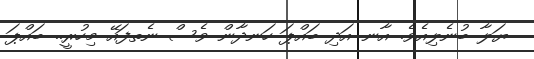
ޔަލާ ބުނެލިއެވެ. އާނ އަދި ބައްޕަ ހަނދާން ވެސް ނެތފައޭ މިހުރީ.. ބައްޕަ